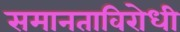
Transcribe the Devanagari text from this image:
समानताविरोधी